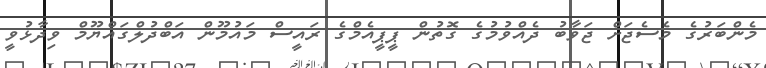
މެންބަރުގެ މެސެޖަށް ޖަވާބު ދެއްވުމުގެ ގޮތުން ޕީޕީއެމްގެ ރައީސް މައުމޫން އަބްދުލްގައްޔޫމް ވިދާޅުވީ